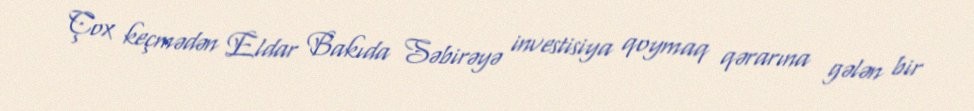
Çox keçmədən Eldar Bakıda Səbirəyə investisiya qoymaq qərarına gələn bir